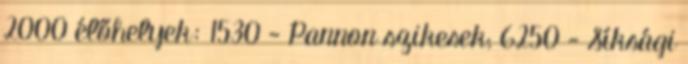
2000 élőhelyek: 1530 - Pannon szikesek; 6250 - Síksági